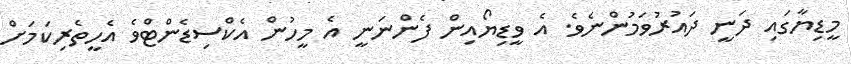
މީޑިޔާގައި ދަނީ ދައުރުވަމުންނެވެ. އެ ވީޑިޔޯއިން ފެންނަނީ އެ މީހުން އެކްސިޑެންޓްވެ އެހީތެރިކަަމަށް